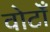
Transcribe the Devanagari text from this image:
वोटोँ